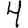
Digit: 4